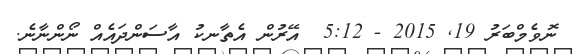
ނޮވެމްބަރު 19